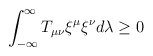
\begin{align*}\int_{-\infty}^{\infty} T_{\mu\nu}{\xi}^{\mu}{\xi}^{\nu} d\lambda \ge 0\end{align*}